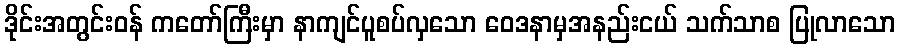
ဒိုင်းအတွင်းဝန် ကတော်ကြီးမှာ နာကျင်ပူစပ်လှသော ဝေဒနာမှအနည်းငယ် သက်သာစ ပြုလာသော